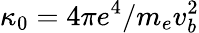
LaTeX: \kappa_{0}=4\pi e^{4}/m_{e}v_{b}^{2}